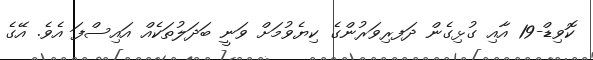
ކޮވިޑް-19 އާއި ގުޅިގެން ދަފރިވަރުންގެ ކިޔެވުމަށް ވަނީ ބަދަލުތަކެއް އައިސްފަ އެވެ. އޭގެ